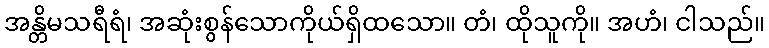
အန္တိမသရီရံ၊ အဆုံးစွန်သောကိုယ်ရှိထသော။ တံ၊ ထိုသူကို။ အဟံ၊ ငါသည်။